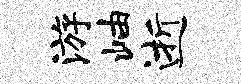
游岫逝